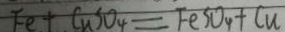
F e + C u S O _ { 4 } = F e S O _ { 4 } + C u